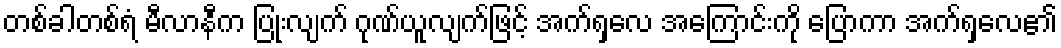
တစ်ခါတစ်ရံ မီလာနီက ပြုံးလျက် ဂုဏ်ယူလျက်ဖြင့် အက်ရှလေ အကြောင်းကို ပြောကာ အက်ရှလေ၏